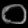
Digit: ၀